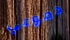
دموعي